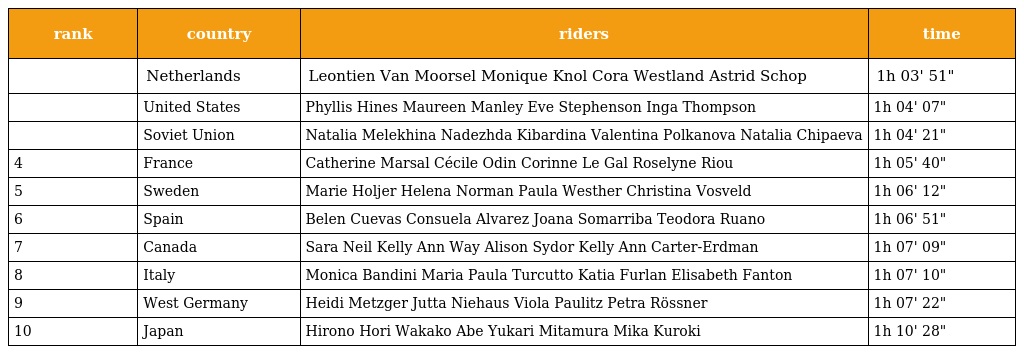
| rank | country | riders | time |
 | --- | --- | --- | --- |
 |  | Netherlands | Leontien Van Moorsel Monique Knol Cora Westland Astrid Schop | 1h 03' 51" |
 |  | United States | Phyllis Hines Maureen Manley Eve Stephenson Inga Thompson | 1h 04' 07" |
 |  | Soviet Union | Natalia Melekhina Nadezhda Kibardina Valentina Polkanova Natalia Chipaeva | 1h 04' 21" |
 | 4 | France | Catherine Marsal Cécile Odin Corinne Le Gal Roselyne Riou | 1h 05' 40" |
 | 5 | Sweden | Marie Holjer Helena Norman Paula Westher Christina Vosveld | 1h 06' 12" |
 | 6 | Spain | Belen Cuevas Consuela Alvarez Joana Somarriba Teodora Ruano | 1h 06' 51" |
 | 7 | Canada | Sara Neil Kelly Ann Way Alison Sydor Kelly Ann Carter-Erdman | 1h 07' 09" |
 | 8 | Italy | Monica Bandini Maria Paula Turcutto Katia Furlan Elisabeth Fanton | 1h 07' 10" |
 | 9 | West Germany | Heidi Metzger Jutta Niehaus Viola Paulitz Petra Rössner | 1h 07' 22" |
 | 10 | Japan | Hirono Hori Wakako Abe Yukari Mitamura Mika Kuroki | 1h 10' 28" |